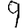
Digit: 9